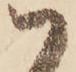
ハ